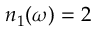
n _ { 1 } ( \omega ) = 2